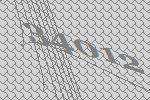
34012